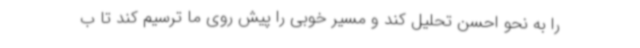
را به نحو احسن تحلیل کند و مسیر خوبی را پیش روی ما ترسیم کند تا ب